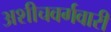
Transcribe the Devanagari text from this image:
अशीचवर्गवारी